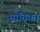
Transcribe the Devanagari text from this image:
मातिका